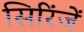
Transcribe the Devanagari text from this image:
सिरिंजें